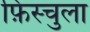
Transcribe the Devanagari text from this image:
फ़िस्चुला